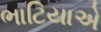
ભાટિયાએ